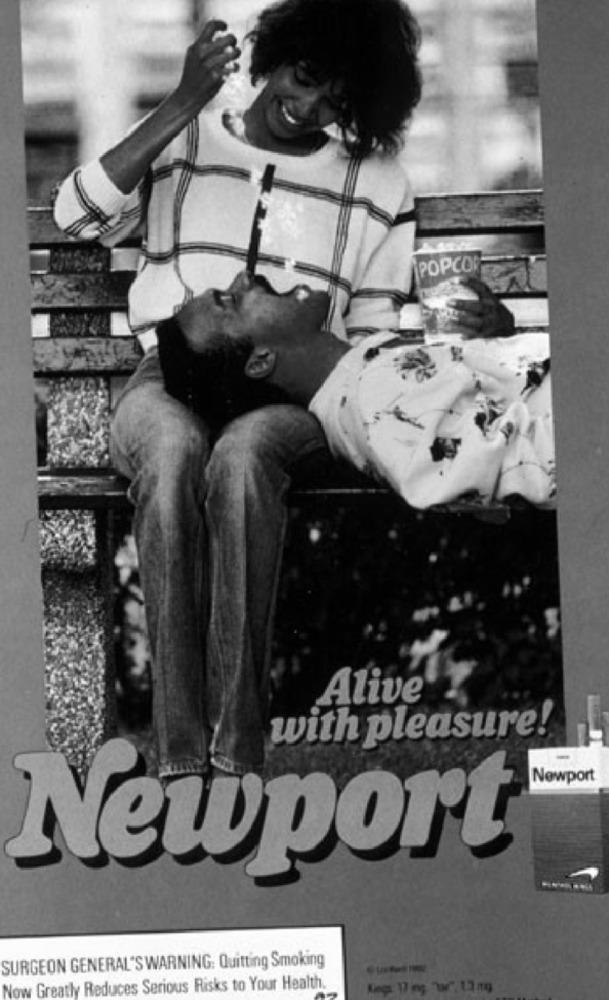
POPCOR
Alive
with pleasure!
Newport
Newport
SURGEON GENERAL'S WARNING: Quitting Smoking
Now Greatly Reduces Serious Risks to Your Health.